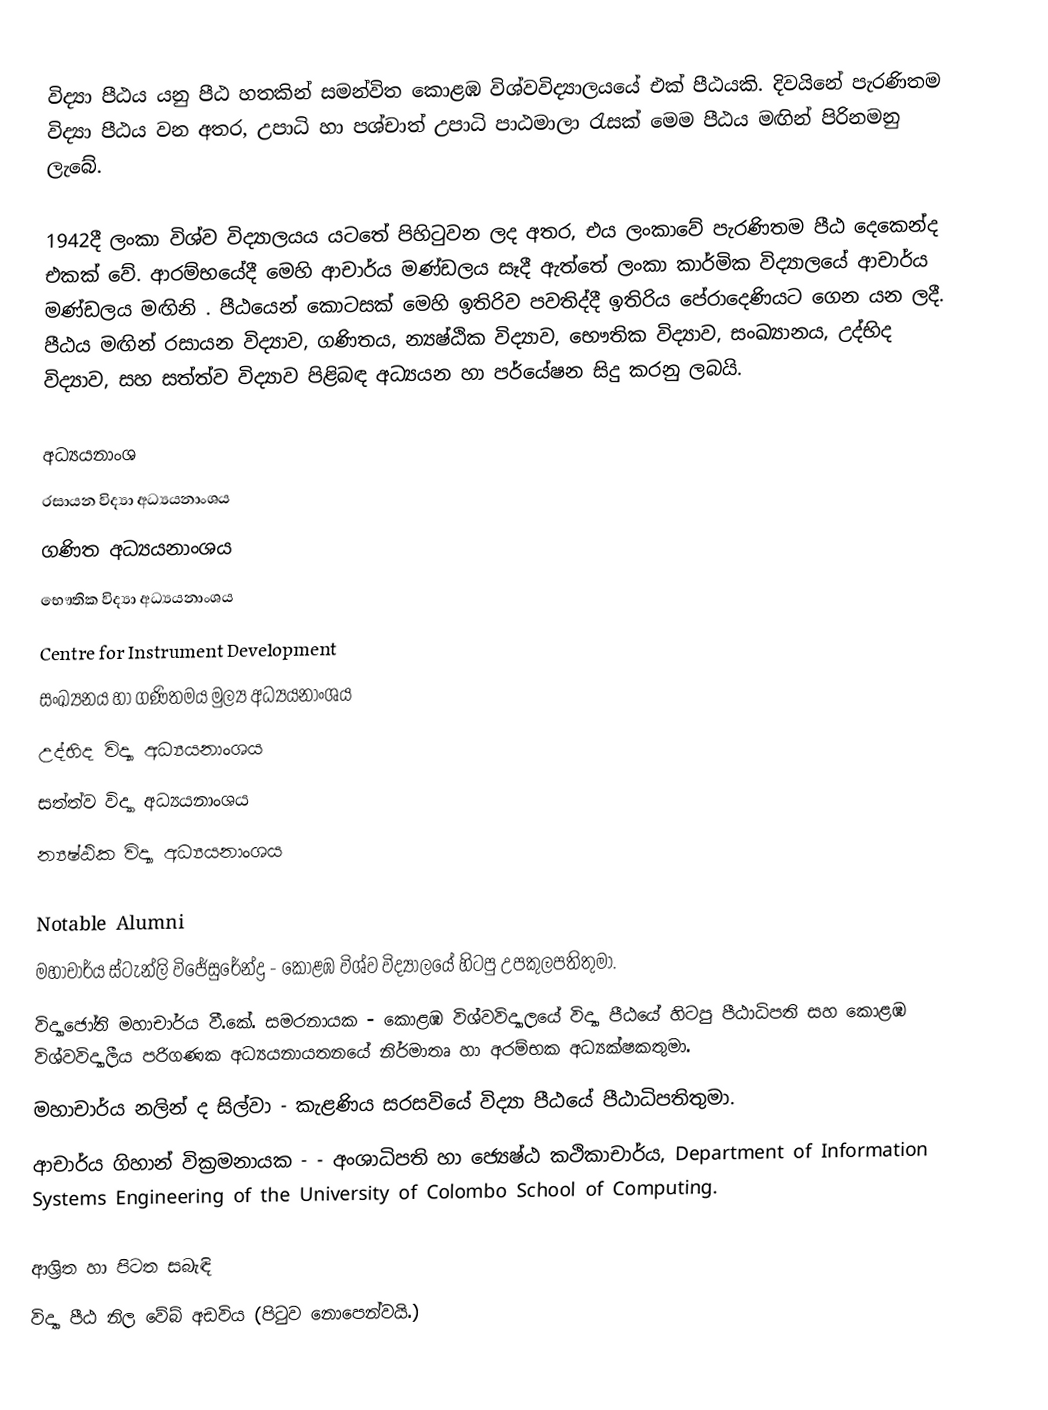
විද්‍යා පීඨය  යනු පීඨ හතකින් සමන්විත කොළඹ විශ්වවිද්‍යාලයයේ එක් පීඨයකි. දිවයිනේ පැරණිතම විද්‍යා පීඨය වන අතර, උපාධි හා පශ්චාත් උපාධි පාඨමාලා රැසක් මෙම පීඨය මඟින් පිරිනමනු ලැබේ.

1942දී ලංකා විශ්ව විද්‍යාලයය යටතේ පිහිටුවන ලද අතර, එය ලංකාවේ පැරණිතම පීඨ දෙකෙන්ද එකක් වේ. ආරම්භයේදී මෙහි ආචාර්ය මණ්ඩලය සෑදී ඇත්තේ ලංකා කාර්මික විද්‍යාලයේ ආචාර්ය මණ්ඩලය මඟිනි ‍. පීඨයෙන් කොටසක් මෙහි ඉතිරිව පවතිද්දී ඉතිරිය පේරාදෙණියට ගෙන යන ලදී. පීඨය මඟින් රසායන විද්‍යාව, ගණිතය, න්‍යෂ්ඨික විද්‍යාව, භෞතික විද්‍යාව, සංඛ්‍යානය, උද්භිද විද්‍යාව, සහ සත්ත්ව විද්‍යාව පිළිබඳ අධ්‍යයන හා පර්යේෂන සිදු කරනු ලබයි.

අධ්‍යයනාංශ
රසායන විද්‍යා අධ්‍යයනාංශය
ගණිත අධ්‍යයනාංශය
 භෞතික විද්‍යා අධ්‍යයනාංශය
Centre for Instrument Development
 සංඛ්‍යනය හා ගණිතමය මුල්‍ය  අධ්‍යයනාංශය
උද්භිද විද්‍යා අධ්‍යයනාංශය
සත්ත්ව විද්‍යා අධ්‍යයනාංශය
න්‍යෂ්ඨික විද්‍යා අධ්‍යයනාංශය

Notable Alumni
 මහාචාර්ය ස්ටැන්ලි විජේසුරේන්ද්‍ර  - කොළඹ විශ්ව විද්‍යාලයේ හිටපු උපකුලපතිතුමා.
විද්‍යාජෝති මහාචාර්ය වී.කේ. සමරනායක - කොළඹ විශ්වවිද්‍යාලයේ විද්‍යා පීඨයේ හිටපු පීඨාධිපති සහ කොළඹ විශ්වවිද්‍යාලීය පරිගණක අධ්‍යයනායතනයේ නිර්මාතෘ හා අරම්භක අධ්‍යක්ෂකතුමා.
 මහාචාර්ය නලින් ද සිල්වා - කැළණිය සරසවියේ විද්‍යා පීඨයේ පීඨාධිපතිතුමා.
 ආචාර්ය ගිහාන් වික්‍රමනායක - - අංශාධිපති හා ජ්‍යෙෂ්ඨ කථිකාචාර්ය, Department of Information Systems Engineering of the University of Colombo School of Computing.

ආශ්‍රිත හා පිටත සබැඳි
විද්‍යා පීඨ නිල වේබ් අඩවිය (පි‍ටුව නොපෙන්වයි.)